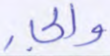
والجار